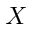
X